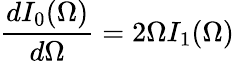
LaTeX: \frac{dI_{0}(\Omega)}{d\Omega}=2\Omega I_{1}(\Omega)